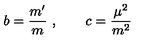
b = \frac { m ^ { \prime } } { m } \ , \quad \quad c = \frac { \mu ^ { 2 } } { m ^ { 2 } }